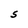
Character: S